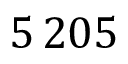
5 { \, } 2 0 5